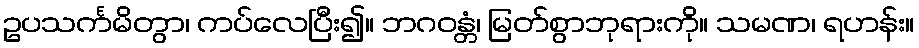
ဥပသင်္ကမိတွာ၊ ကပ်လေပြီး၍။ ဘဂဝန္တံ၊ မြတ်စွာဘုရားကို။ သမဏ၊ ရဟန်း။